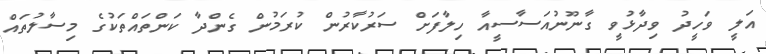
އަލީ ވަހީދު ވިދާޅުވީ ގާނޫނުއަސާސީއާ ހިލާފަށް ސަރުކާރުން ކުރަމުން ގެންދާ ކަންތައްތަކުގެ މިސާލުތައް